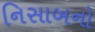
નિસાબનો